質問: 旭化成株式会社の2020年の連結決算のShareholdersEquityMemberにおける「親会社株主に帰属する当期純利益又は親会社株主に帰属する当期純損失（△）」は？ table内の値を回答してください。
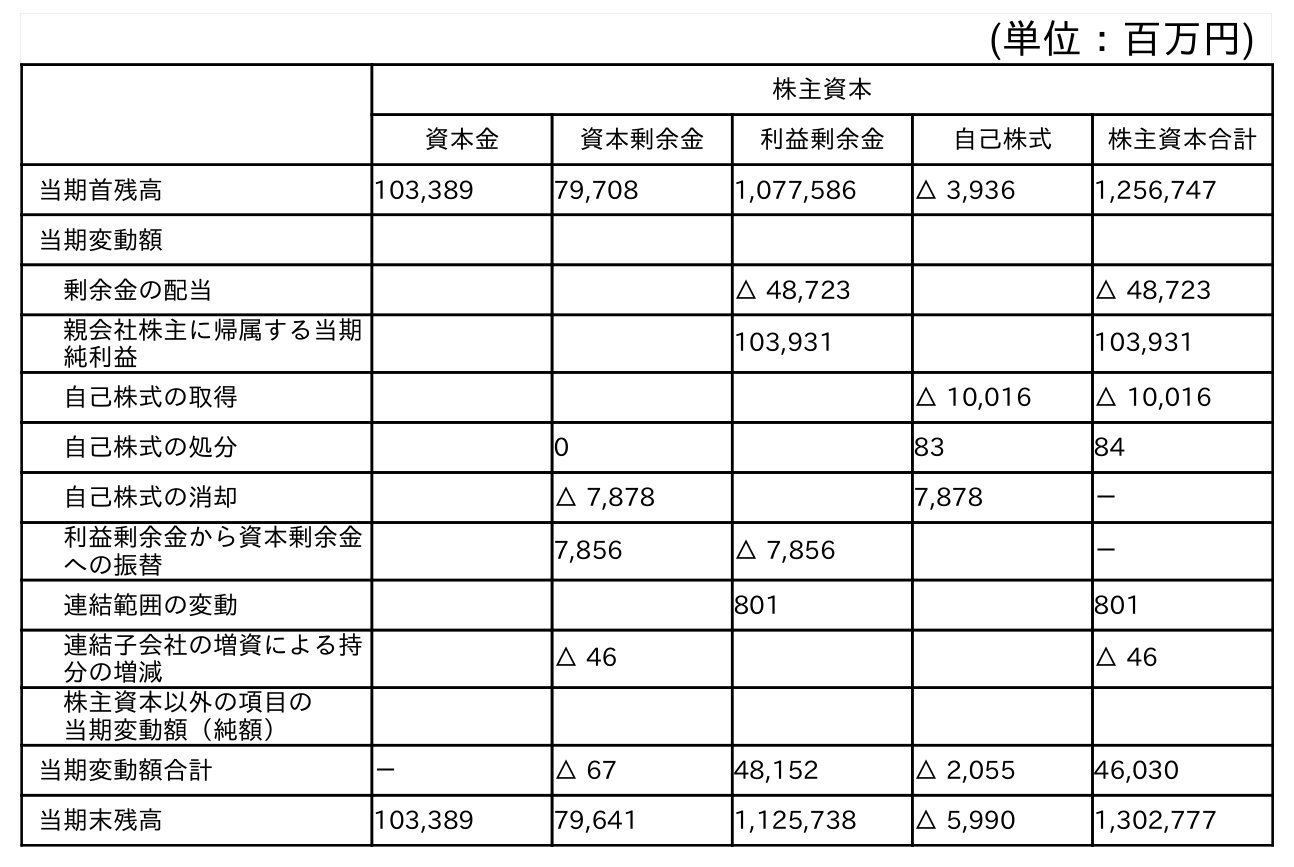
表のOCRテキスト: (単位：百万円) 株主資本 資本金 資本剰余金 利益剰余金 自己株式 株主資本合計 当期首残高 103,389 79,708 1,077,586 △ 3,936 1,256,747 当期変動額 剰余金の配当 △ 48,723 △ 48,723 親会社株主に帰属する当期 純利益 103,931 103,931 自己株式の取得 △ 10,016 △ 10,016 自己株式の処分 0 83 84 自己株式の消却 △ 7,878 7,878 － 利益剰余金から資本剰余金 への振替 7,856 △ 7,856 － 連結範囲の変動 801 801 連結子会社の増資による持 分の増減 △ 46 △ 46 株主資本以外の項目の 当期変動額（純額） 当期変動額合計 － △ 67 48,152 △ 2,055 46,030 当期末残高 103,389 79,641 1,125,738 △ 5,990 1,302,777
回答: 103,931